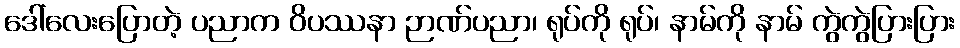
ဒေါ်လေးပြောတဲ့ ပညာက ဝိပဿနာ ဉာဏ်ပညာ၊ ရုပ်ကို ရုပ်၊ နာမ်ကို နာမ် ကွဲကွဲပြားပြား